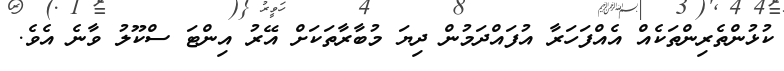
ކުޅުންތެރިންތަކެއް އެއްފަހަރާ އުފައްދަމުން ދިޔަ މުބާރާތަކަށް އޭރު އިންޓަ ސްކޫލު ވާނެ އެވެ.